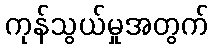
ကုန်သွယ်မှုအတွက်